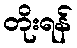
တိုးရန်